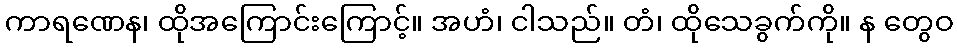
ကာရဏေန၊ ထိုအကြောင်းကြောင့်။ အဟံ၊ ငါသည်။ တံ၊ ထိုသေခွက်ကို။ န တွေဝ